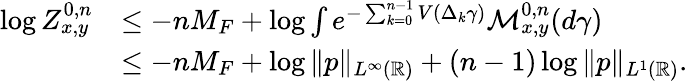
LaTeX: \begin{array}{rl}{\log Z_{x,y}^{0,n}}&{\le-nM_{F}+\log\int e^{-\sum_{k=0}^{n-1}V(\Delta_{k}\gamma)}\mathcal{M}_{x,y}^{0,n}(d\gamma)}\\ &{\le-nM_{F}+\log\| p\| _{L^{\infty}(\mathbb{R})}+(n-1)\log\| p\| _{L^{1}(\mathbb{R})}.}\end{array}